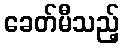
ခေတ်မီသည့်